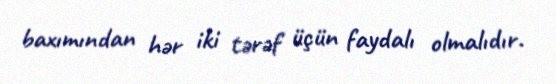
baxımından hər iki tərəf üçün faydalı olmalıdır.